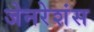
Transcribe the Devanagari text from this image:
जेनरेशंस